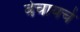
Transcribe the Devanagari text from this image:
वेचायचे